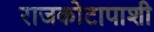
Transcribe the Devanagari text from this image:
राजकोटापाशी